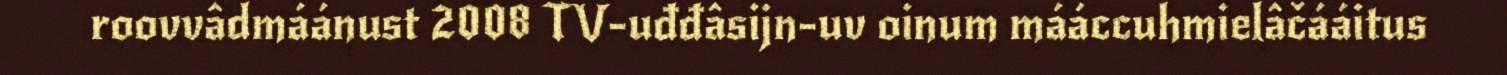
roovvâdmáánust 2008 TV-uđđâsijn-uv oinum mááccuhmielâčááitus